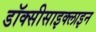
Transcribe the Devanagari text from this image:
डॉक्सीसाइक्लाइन